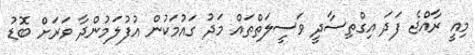
މިއީ ރާއްޖެ ފަދަ އިގްތިސާދީ ވަސީލަތްތައް މަދު ގައުމަކުން އުފުލަމުންދާ ވަރަށް ބޮޑު